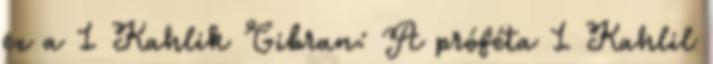
ez a 1 Kahlik Gibran: A próféta 1 Kahlil